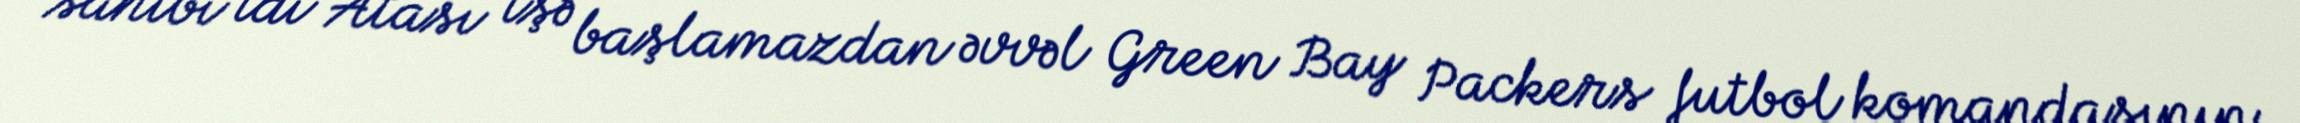
sahibi idi Atası işə başlamazdan əvvəl Green Bay Packers futbol komandasının